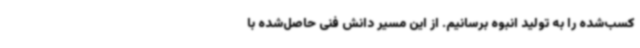
کسب‌شده را به تولید انبوه برسانیم. از این مسیر دانش فنی حاصل‌شده با